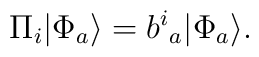
\Pi_i |\Phi_a\rangle = b^i{}_a |\Phi_a\rangle.